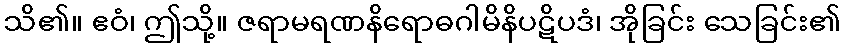
သိ၏။ ဧဝံ၊ ဤသို့။ ဇရာမရဏနိရောဓဂါမိနိပဋိပဒံ၊ အိုခြင်း သေခြင်း၏